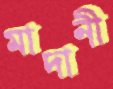
মাদানী